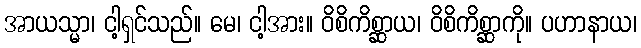
အာယသ္မာ၊ ငါ့ရှင်သည်။ မေ၊ ငါ့အား။ ဝိစိကိစ္ဆာယ၊ ဝိစိကိစ္ဆာကို။ ပဟာနာယ၊